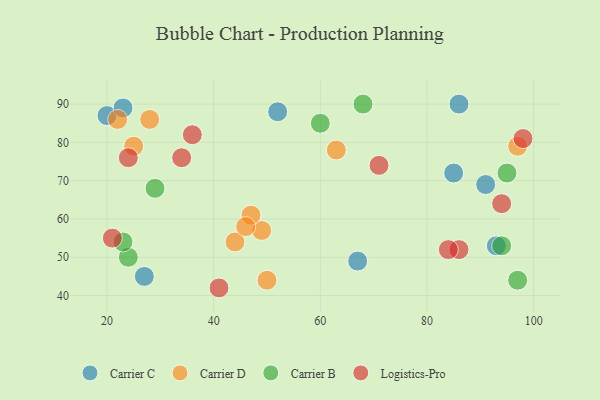
{"axis": {"x": "GDP", "y": "Life Expectancy"}, "legend": ["Carrier B", "Carrier C", "Carrier D", "Logistics-Pro"], "data": [{"x": "91", "y": 69, "type": "Carrier C"}, {"x": "86", "y": 90, "type": "Carrier C"}, {"x": "93", "y": 53, "type": "Carrier C"}, {"x": "20", "y": 87, "type": "Carrier C"}, {"x": "52", "y": 88, "type": "Carrier C"}, {"x": "85", "y": 72, "type": "Carrier C"}, {"x": "27", "y": 45, "type": "Carrier C"}, {"x": "23", "y": 89, "type": "Carrier C"}, {"x": "67", "y": 49, "type": "Carrier C"}, {"x": "44", "y": 54, "type": "Carrier D"}, {"x": "63", "y": 78, "type": "Carrier D"}, {"x": "22", "y": 86, "type": "Carrier D"}, {"x": "25", "y": 79, "type": "Carrier D"}, {"x": "49", "y": 57, "type": "Carrier D"}, {"x": "47", "y": 61, "type": "Carrier D"}, {"x": "28", "y": 86, "type": "Carrier D"}, {"x": "46", "y": 58, "type": "Carrier D"}, {"x": "50", "y": 44, "type": "Carrier D"}, {"x": "97", "y": 79, "type": "Carrier D"}, {"x": "24", "y": 50, "type": "Carrier B"}, {"x": "60", "y": 85, "type": "Carrier B"}, {"x": "95", "y": 72, "type": "Carrier B"}, {"x": "29", "y": 68, "type": "Carrier B"}, {"x": "97", "y": 44, "type": "Carrier B"}, {"x": "94", "y": 53, "type": "Carrier B"}, {"x": "23", "y": 54, "type": "Carrier B"}, {"x": "68", "y": 90, "type": "Carrier B"}, {"x": "94", "y": 64, "type": "Logistics-Pro"}, {"x": "86", "y": 52, "type": "Logistics-Pro"}, {"x": "71", "y": 74, "type": "Logistics-Pro"}, {"x": "98", "y": 81, "type": "Logistics-Pro"}, {"x": "36", "y": 82, "type": "Logistics-Pro"}, {"x": "41", "y": 42, "type": "Logistics-Pro"}, {"x": "84", "y": 52, "type": "Logistics-Pro"}, {"x": "21", "y": 55, "type": "Logistics-Pro"}, {"x": "24", "y": 76, "type": "Logistics-Pro"}, {"x": "34", "y": 76, "type": "Logistics-Pro"}]}